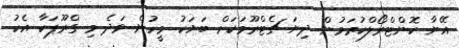
އޭނާ ކޮންޓްރޯލްކުރަމުން ދިޔަ ޗެޓްރޫމަކަށް ބަޔަކު މީހުން ވަދެ މި ގްރޫޕަކާ އެކު